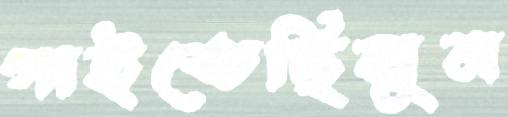
গাইতেছিলুম